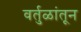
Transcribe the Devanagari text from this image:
वर्तुळांतून